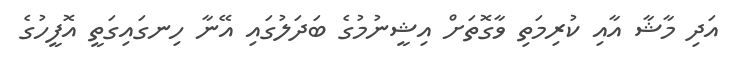
އަދި މާޝާ އާއި ކުރިމަތި ވާގޮތަށް އިޝީނުމުގެ ބަދަލުގައި އޭނާ ހިނގައިގަތީ އޮފީހުގެ